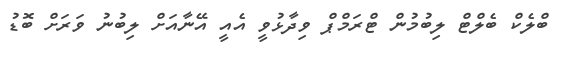
ބްލެކް ބެލްޓް ލިބުމުން ޓްރަމްޕް ވިދާޅުވީ އެއީ އޭނާއަށް ލިބުނު ވަރަށް ބޮޑު